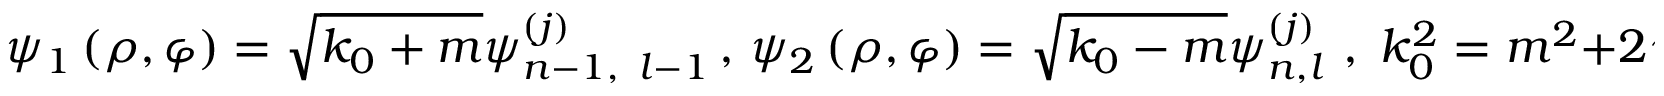
\psi _ { 1 } \left( \rho , \varphi \right) = \sqrt { k _ { 0 } + m } \psi _ { n - 1 , \, \, \, l - 1 } ^ { \left( j \right) } \, , \, \psi _ { 2 } \left( \rho , \varphi \right) = \sqrt { k _ { 0 } - m } \psi _ { n , l } ^ { \left( j \right) } \, \, , \; k _ { 0 } ^ { 2 } = m ^ { 2 } + 2 \gamma \bar { n } \, \, ,